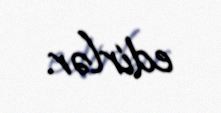
edirlər.